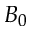
B _ { 0 }